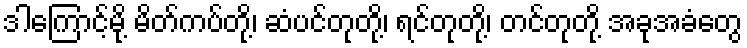
ဒါကြောင့်မို့ မိတ်ကပ်တို့၊ ဆံပင်တုတို့၊ ရင်တုတို့၊ တင်တုတို့ အခုအခံတွေ